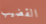
القضيب